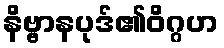
နိဗ္ဗာနပုဒ်၏ဝိဂ္ဂဟ